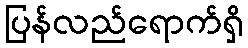
ပြန်လည်ရောက်ရှိ